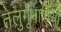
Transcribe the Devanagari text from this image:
तेलुगूभाषियों